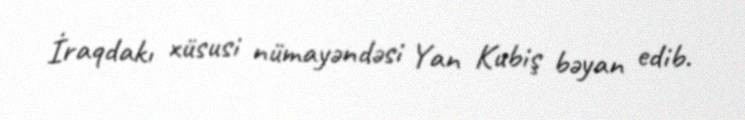
İraqdakı xüsusi nümayəndəsi Yan Kubiş bəyan edib.